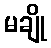
မချို